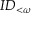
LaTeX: I D _ { < \omega }